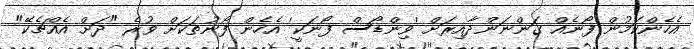
އެހެންކަމުން ފޯނެއް ގަންނަންދާއިރަށް 'ވިންޑޯސް ފޯނަކީ' އެހެން ފޯނުތަކަށް ވުރެ "ދަށް އެއްޗެކޭ"